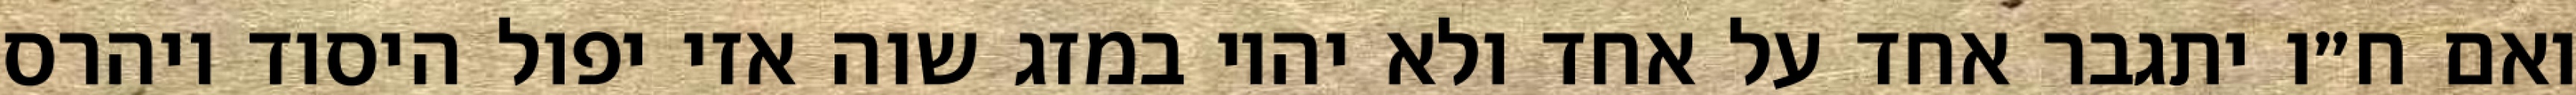
ואם ח״ו יתגבר אחד על אחד ולא יהיו במזג שוה אזי יפול היסוד ויהרס